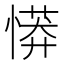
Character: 𢟨